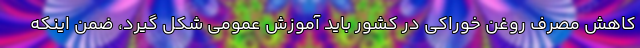
کاهش مصرف روغن خوراکی در کشور باید آموزش عمومی شکل گیرد، ضمن اینکه